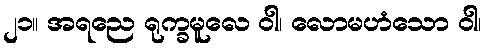
၂၁။ အရညေ ရုက္ခမူလေ ဝါ၊ လောမဟံသော ဝါ၊